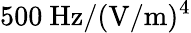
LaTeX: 500~\mathrm{Hz/(V/m)^{4}}